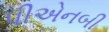
પીએનબી